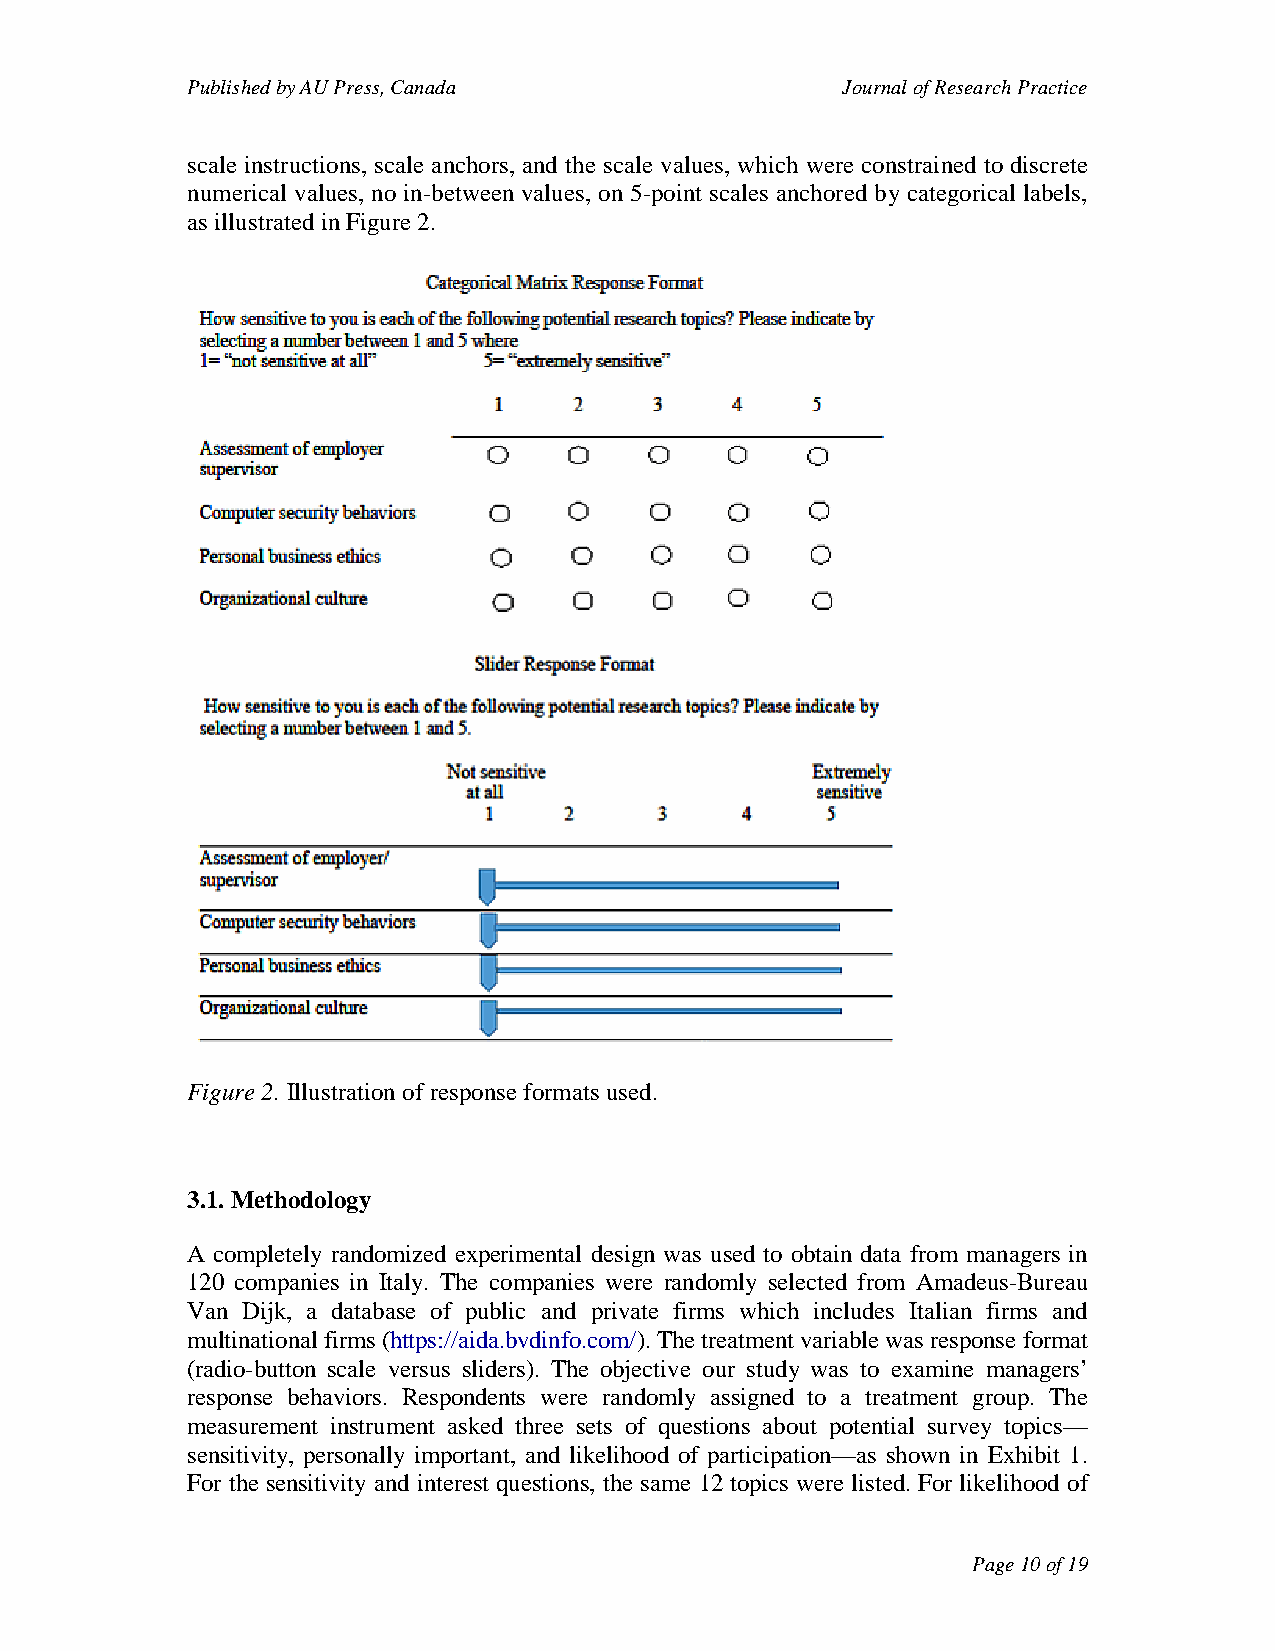
Published by AU Press, Canada               Journal of Research Practice
 scale instructions, scale anchors, and the scale values, which were constrained to discrete
 numerical values, no in-between values, on 5-point scales anchored by categorical labels,
 as illustrated in Figure 2.
 Figure 2. Illustration of response formats used.
 3.1. Methodology
 A completely randomized experimental design was used to obtain data from managers in
 120 companies in Italy. The companies were randomly selected from Amadeus-Bureau
 Van Dijk, a database of public and private firms which includes Italian firms and
 multinational firms (https://aida.bvdinfo.com/). The treatment variable was response format
 (radio-button scale versus sliders). The objective our study was to examine managers’
 response behaviors. Respondents were randomly assigned to a treatment group. The
 measurement instrument asked three sets of questions about potential survey topics—
 sensitivity, personally important, and likelihood of participation—as shown in Exhibit 1.
 For the sensitivity and interest questions, the same 12 topics were listed. For likelihood of
 Page 10 of 19